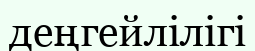
деңгейлілігі